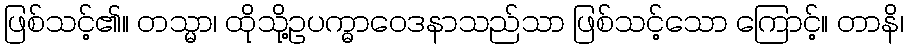
ဖြစ်သင့်၏။ တသ္မာ၊ ထိုသို့ဥပက္ဓာဝေဒနာသည်သာ ဖြစ်သင့်သော ကြောင့်။ တာနိ၊